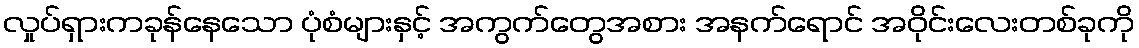
လှုပ်ရှားကခုန်နေသော ပုံစံများနှင့် အကွက်တွေအစား အနက်ရောင် အဝိုင်းလေးတစ်ခုကို